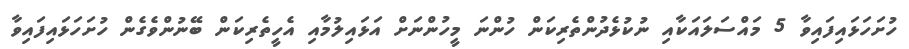
ހުށަހަޅައިފައިވާ 5 މައްސަލައަކާއި ނުކުޅެދުންތެރިކަން ހުންނަ މީހުންނަށް އަޅައިލުމާއި އެހީތެރިކަން ބޭނުންވެގެން ހުށަހަޅައިފައިވާ